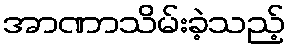
အာဏာသိမ်းခဲ့သည့်